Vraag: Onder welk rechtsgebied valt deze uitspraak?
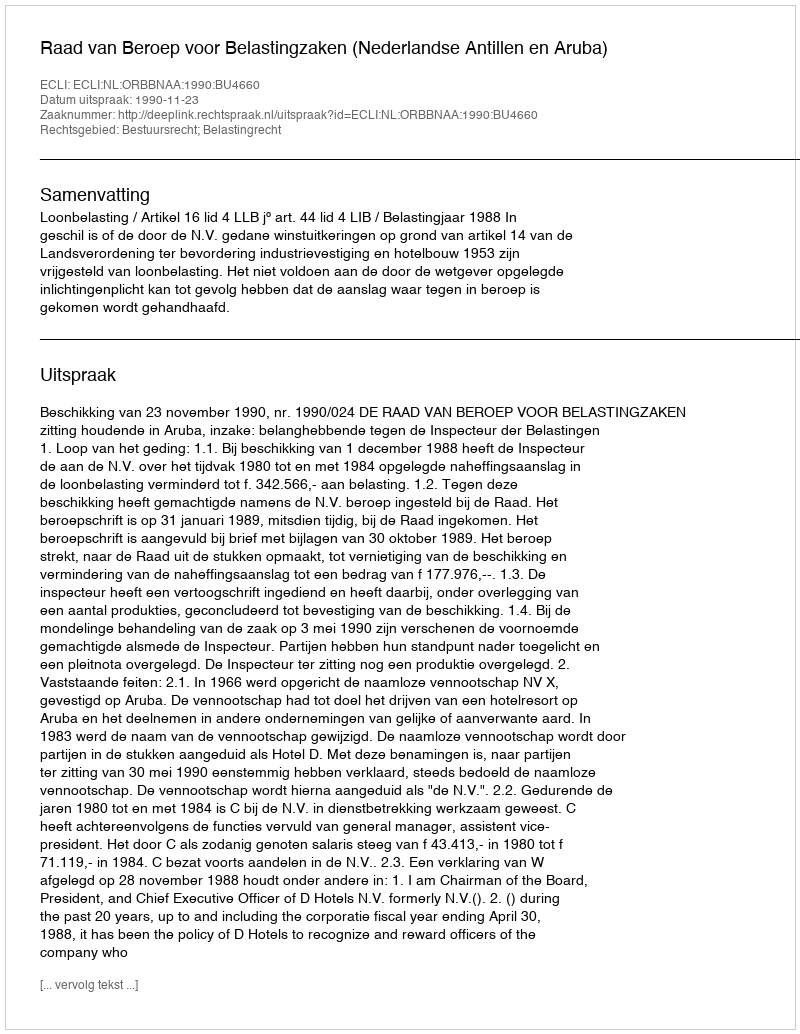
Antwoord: Bestuursrecht; Belastingrecht